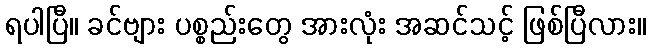
ရပါပြီ။ ခင်ဗျား ပစ္စည်းတွေ အားလုံး အဆင်သင့် ဖြစ်ပြီလား။